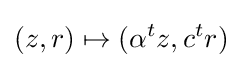
(z,r)\mapsto (\alpha ^{t}z,c^{t}r)